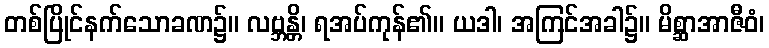
တစ်ပြိုင်နက်သောခဏ၌။ လဗ္ဘန္တိ၊ ရအပ်ကုန်၏။ ယဒါ၊ အကြင်အခါ၌။ မိစ္ဆာအာဇီဝံ၊